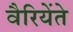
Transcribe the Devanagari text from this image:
वैरियेंते